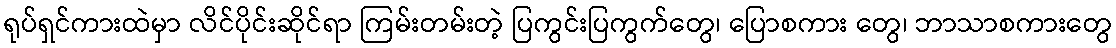
ရုပ်ရှင်ကားထဲမှာ လိင်ပိုင်းဆိုင်ရာ ကြမ်းတမ်းတဲ့ ပြကွင်းပြကွက်တွေ၊ ပြောစကား တွေ၊ ဘာသာစကားတွေ